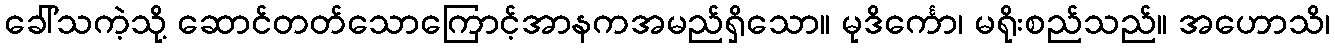
ခေါ်သကဲ့သို့ ဆောင်တတ်သောကြောင့်အာနကအမည်ရှိသော။ မုဒိင်္ကော၊ မရိုးစည်သည်။ အဟောသိ၊